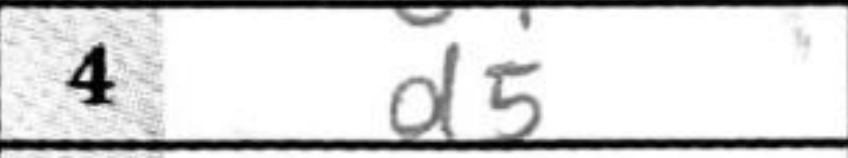
Transcription: d5